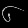
Digit: ၆